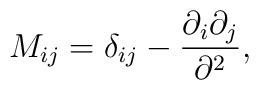
M_{ij}=\delta_{ij} - {{\partial_{i}\partial_{j}}\over{\partial^{2}}},